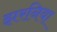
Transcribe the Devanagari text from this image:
झरनिया